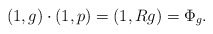
\begin{align*} (1,g)\cdot{}(1,p)=(1,{R}g)=\Phi_g. \end{align*}